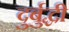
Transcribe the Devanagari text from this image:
दुर्बुद्धी